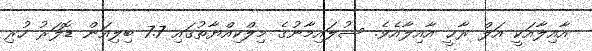
އާއިލާއަކީ އަލް ރާޙީ އާއިލާއެވެ. ސުލައިމާނުގެ މިލްކިއްޔާތުގައި 7.7 ބިލިއަން ޑޮލަރު ހުރި